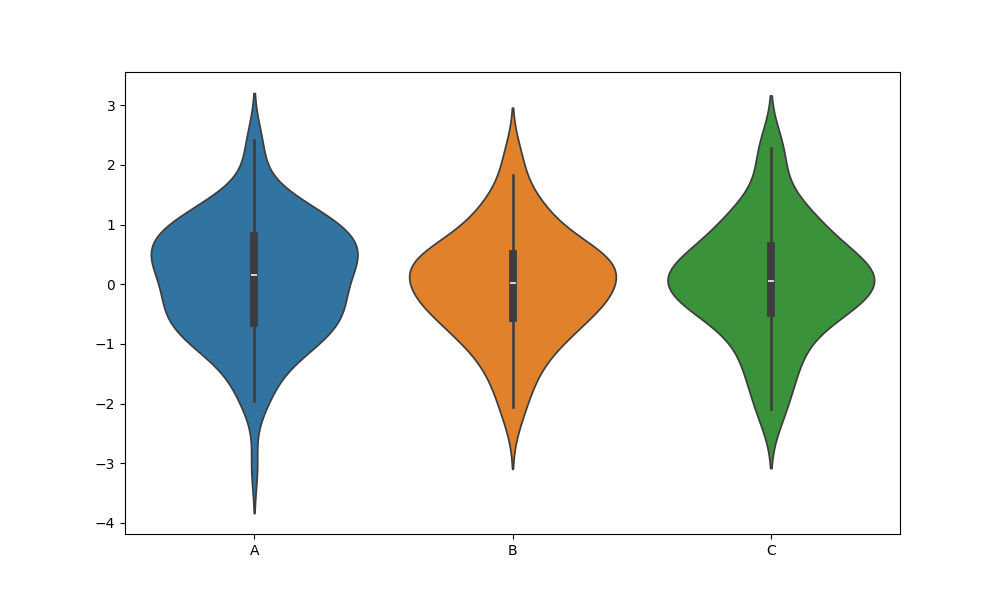
python, seaborn, violinplot, scale='width', split='False', inner='box', fill='True'